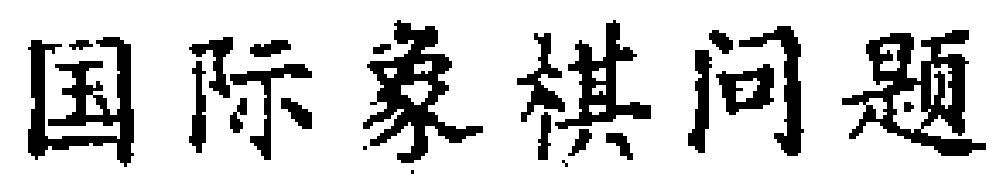
国际象棋问题